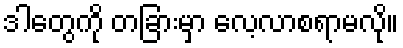
ဒါတွေကို တခြားမှာ လေ့လာစရာမလို။